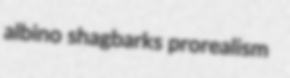
albino shagbarks prorealism